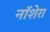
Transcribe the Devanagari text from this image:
नॉशेरा